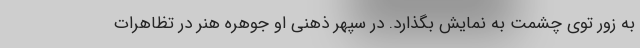
به زور توی چشمت به نمایش بگذارد. در سپهر ذهنی او جوهره هنر در تظاهرات